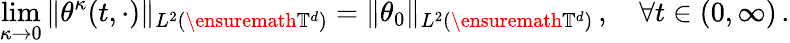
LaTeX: \operatorname*{lim}_{\kappa\to 0}\| \theta^{\kappa}(t,\cdot)\| _{L^{2}(\ensuremath{\mathbb{T}}^{d})}=\| \theta_{0}\| _{L^{2}(\ensuremath{\mathbb{T}}^{d})}\, ,\quad\forall t\in(0,\infty)\, .